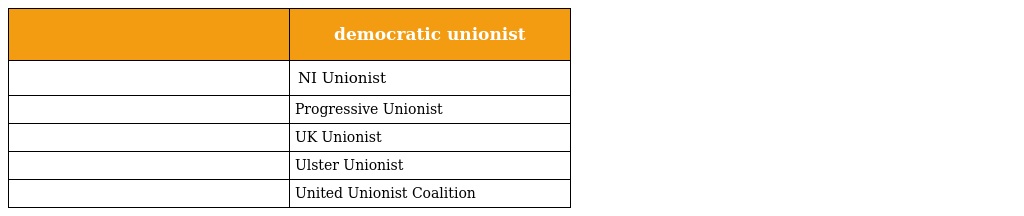
|  | democratic unionist |
 | --- | --- |
 |  | NI Unionist |
 |  | Progressive Unionist |
 |  | UK Unionist |
 |  | Ulster Unionist |
 |  | United Unionist Coalition |